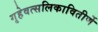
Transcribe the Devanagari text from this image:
गृहेवत्सलिकावितीर्णे